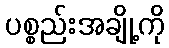
ပစ္စည်းအချို့ကို